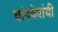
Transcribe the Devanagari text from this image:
चांगदेवांची